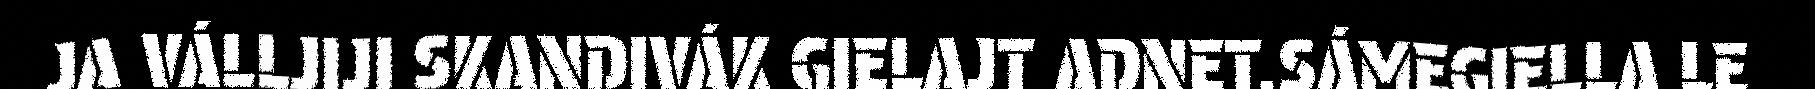
JA VÁLLJIJI SKANDIVÁK GIELAJT ADNET.SÁMEGIELLA LE